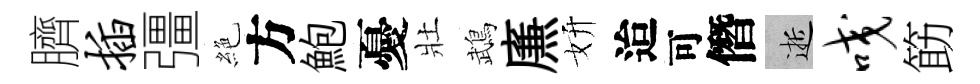
臍插彊絶方鮑憂壯鵡㢘妍迨可僭逝咬筯